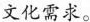
文化需求。